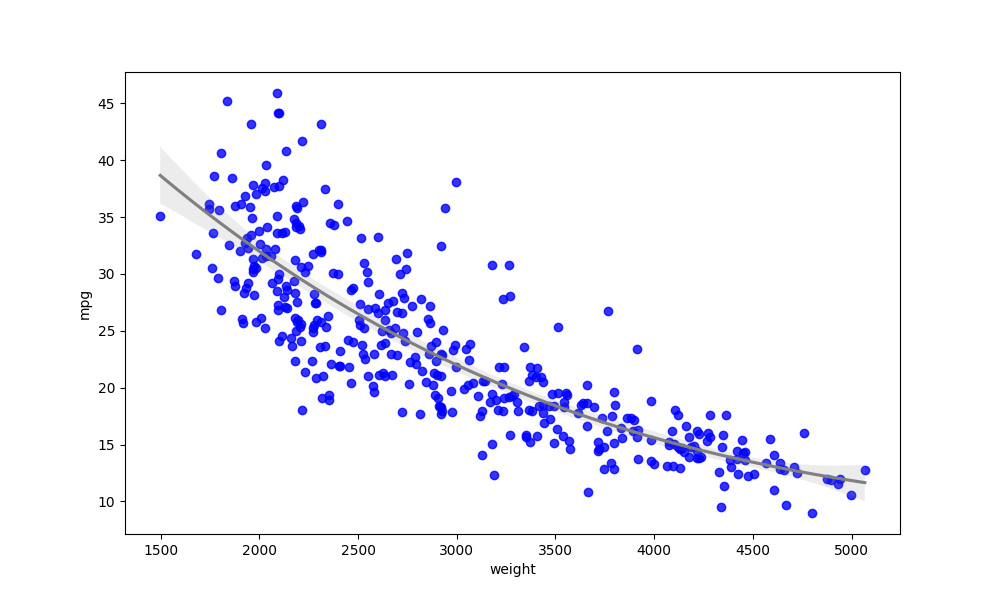
python, seaborn, regplot, order=3, ci=95, scatter_color=blue, line_color=gray